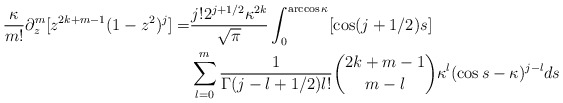
\begin{align*}\frac{\kappa}{m!}\partial_z^m[z^{2k+m-1}(1-z^2)^{j}] =& \frac{j!2^{j+1/2}\kappa^{2k}}{\sqrt{\pi}}\int_0^{\arccos \kappa}[\cos(j+1/2)s] \\& \sum_{l=0}^m\frac{1}{\Gamma(j-l+1/2)l!}\binom{2k+m-1}{m-l}\kappa^{l}(\cos s-\kappa)^{j-l}ds\end{align*}